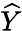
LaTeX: \widehat{Y}